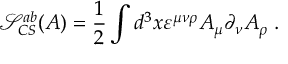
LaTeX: \mathcal { S } _ { C S } ^ { a b } ( A ) = \frac 1 2 \int d ^ { 3 } x \varepsilon ^ { \mu \nu \rho } A _ { \mu } \partial _ { \nu } A _ { \rho } \; .